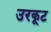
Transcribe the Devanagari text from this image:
उरकूट